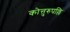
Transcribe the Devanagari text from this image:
कोत्तुरुपल्लि